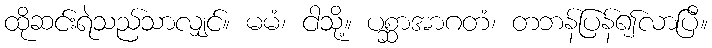
ထိုဆင်းရဲသည်သာလျှင်။ မမံ၊ ငါသို့။ ပစ္ဆာအာဂတံ၊ တဘန်ပြန်၍လာပြီ။